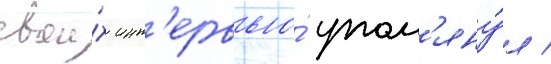
свои́х инт'ервью́ упом'яну́л /